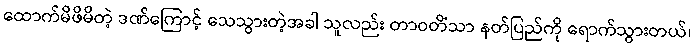
ထောက်မိဖိမိတဲ့ ဒဏ်ကြောင့် သေသွားတဲ့အခါ သူလည်း တာဝတိံသာ နတ်ပြည်ကို ရောက်သွားတယ်၊